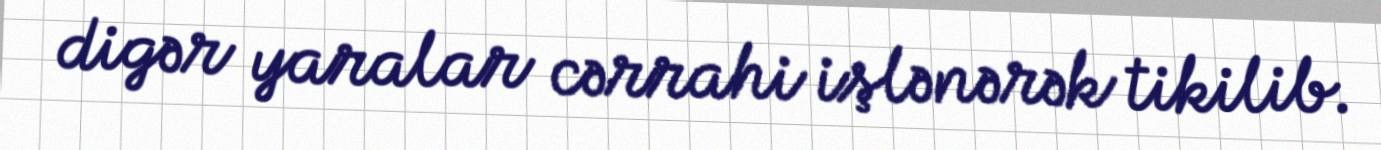
digər yaralar cərrahi işlənərək tikilib.